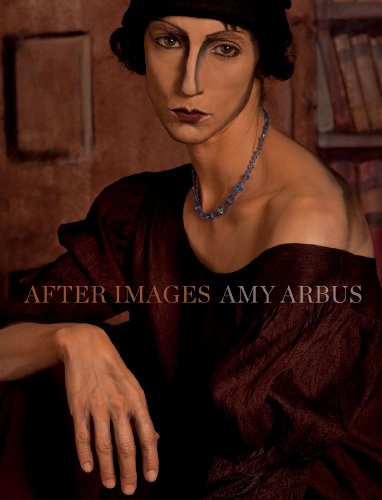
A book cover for After Images; Amy Arbus; Arts & Photography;